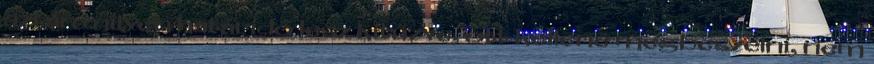
aztán milyen határidő lesz kitűzve, ott kellene megbeszélni, nem